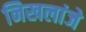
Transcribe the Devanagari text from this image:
निखलांजे